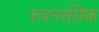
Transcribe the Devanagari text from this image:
रुदनरसिक